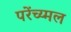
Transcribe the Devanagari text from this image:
परेंच्य्मल